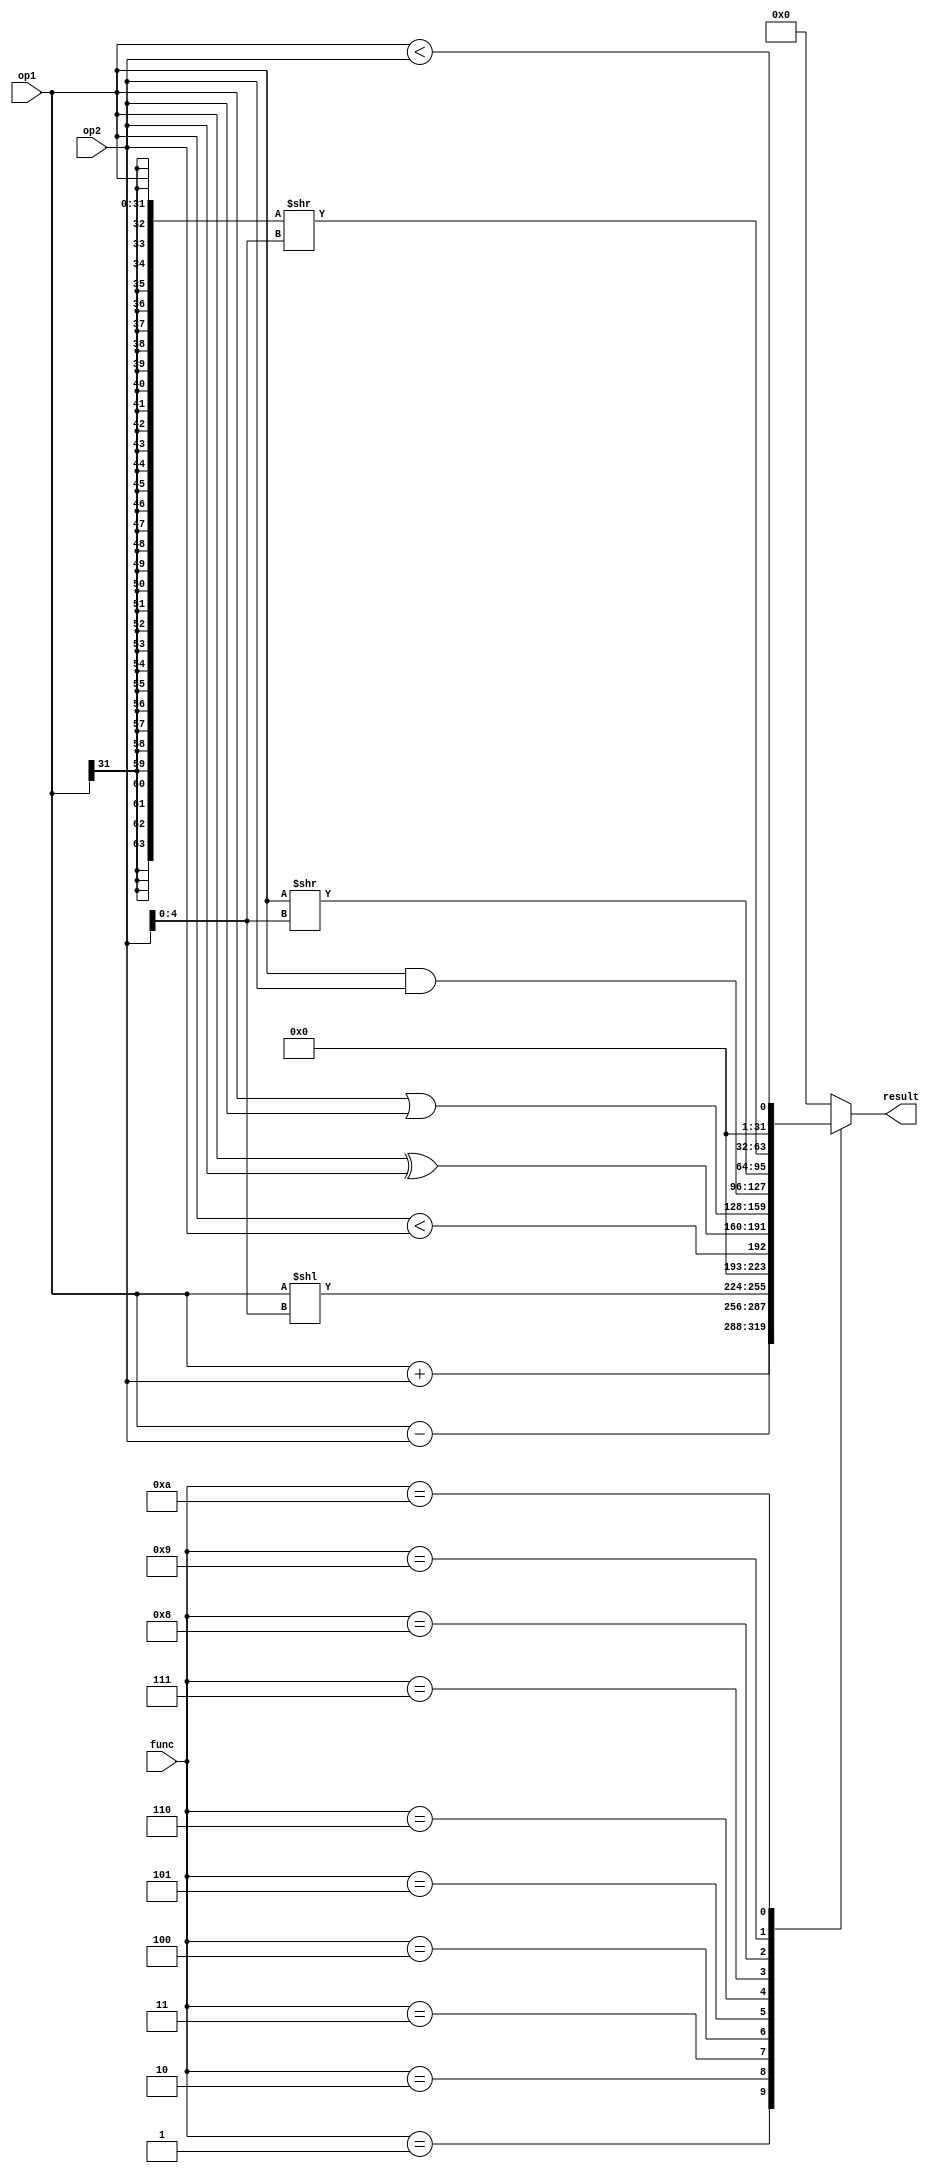
module ALU(func, op1, op2, result);

parameter DataWidth = 32;

// input clk;
input [3:0]func;
input [DataWidth-1:0] op1;
input [DataWidth-1:0] op2;

output reg [DataWidth-1:0] result;

localparam ZERO = 0,
        ADD = 1,
        SUB = 2,
        SLL = 3,
        SLT = 4,
        XOR = 5,
        OR = 6, 
        AND = 7,
        SRL = 8,
        SRA = 9,
        SLTU= 10;

// always@(posedge clk or posedge rst)begin
//     if(rst)begin
//         result <= 0;
//     end
//     else begin
always@(*)begin
        case(func)
            ADD:begin
                result <= op1 + op2;
            end
            SUB:begin
                result <= op1 - op2;
            end
            SLL:begin
                result <= (op1 << op2[4:0]);
            end
            SLT:begin
                result <= ($signed(op1) < $signed(op2));
            end
            XOR:begin
                result <= op1 ^ op2;
            end
            OR:begin
                result <= op1 | op2;
            end
            AND:begin
                result <= op1 & op2;
            end
            SRL:begin
               result <= (op1 >> op2[4:0]); 
            end
            SRA:begin
                result <= ({{32{op1[31]}}, op1} >> op2[4:0] );
            end
            SLTU:begin
                result <= op1 < op2;
            end
            default: result <= 0;
        endcase
    end
// end


endmodule